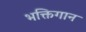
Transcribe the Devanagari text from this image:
भक्तिगान